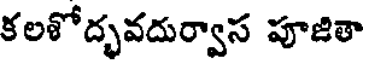
కలశోద్భవదుర్వాస పూజితా